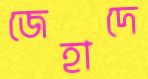
জেহাদে